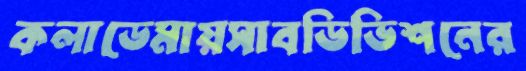
কলাডেমায়সাবডিভিশনের